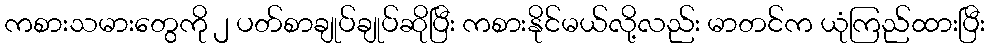
ကစားသမားတွေကို ၂ ပတ်စာချုပ်ချုပ်ဆိုပြီး ကစားနိုင်မယ်လို့လည်း မာတင်က ယုံကြည်ထားပြီး